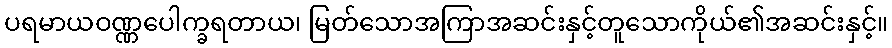
ပရမာယဝဏ္ဏပေါက္ခရတာယ၊ မြတ်သောအကြာအဆင်းနှင့်တူသောကိုယ်၏အဆင်းနှင့်။